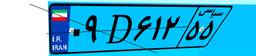
۰۰D۶۳۷۱۸